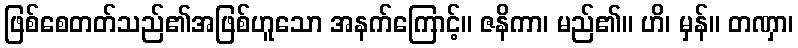
ဖြစ်စေတတ်သည်၏အဖြစ်ဟူသော အနက်ကြောင့်။ ဇနိကာ၊ မည်၏။ ဟိ၊ မှန်။ တဏှာ၊